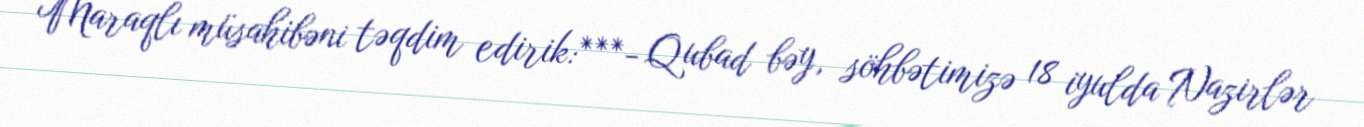
Maraqlı müsahibəni təqdim edirik:***- Qubad bəy, söhbətimizə 18 iyulda Nazirlər